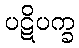
ပဋိပက္ခ